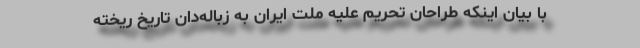
با بیان اینکه طراحان تحریم علیه ملت ایران به زباله‌دان تاریخ ریخته